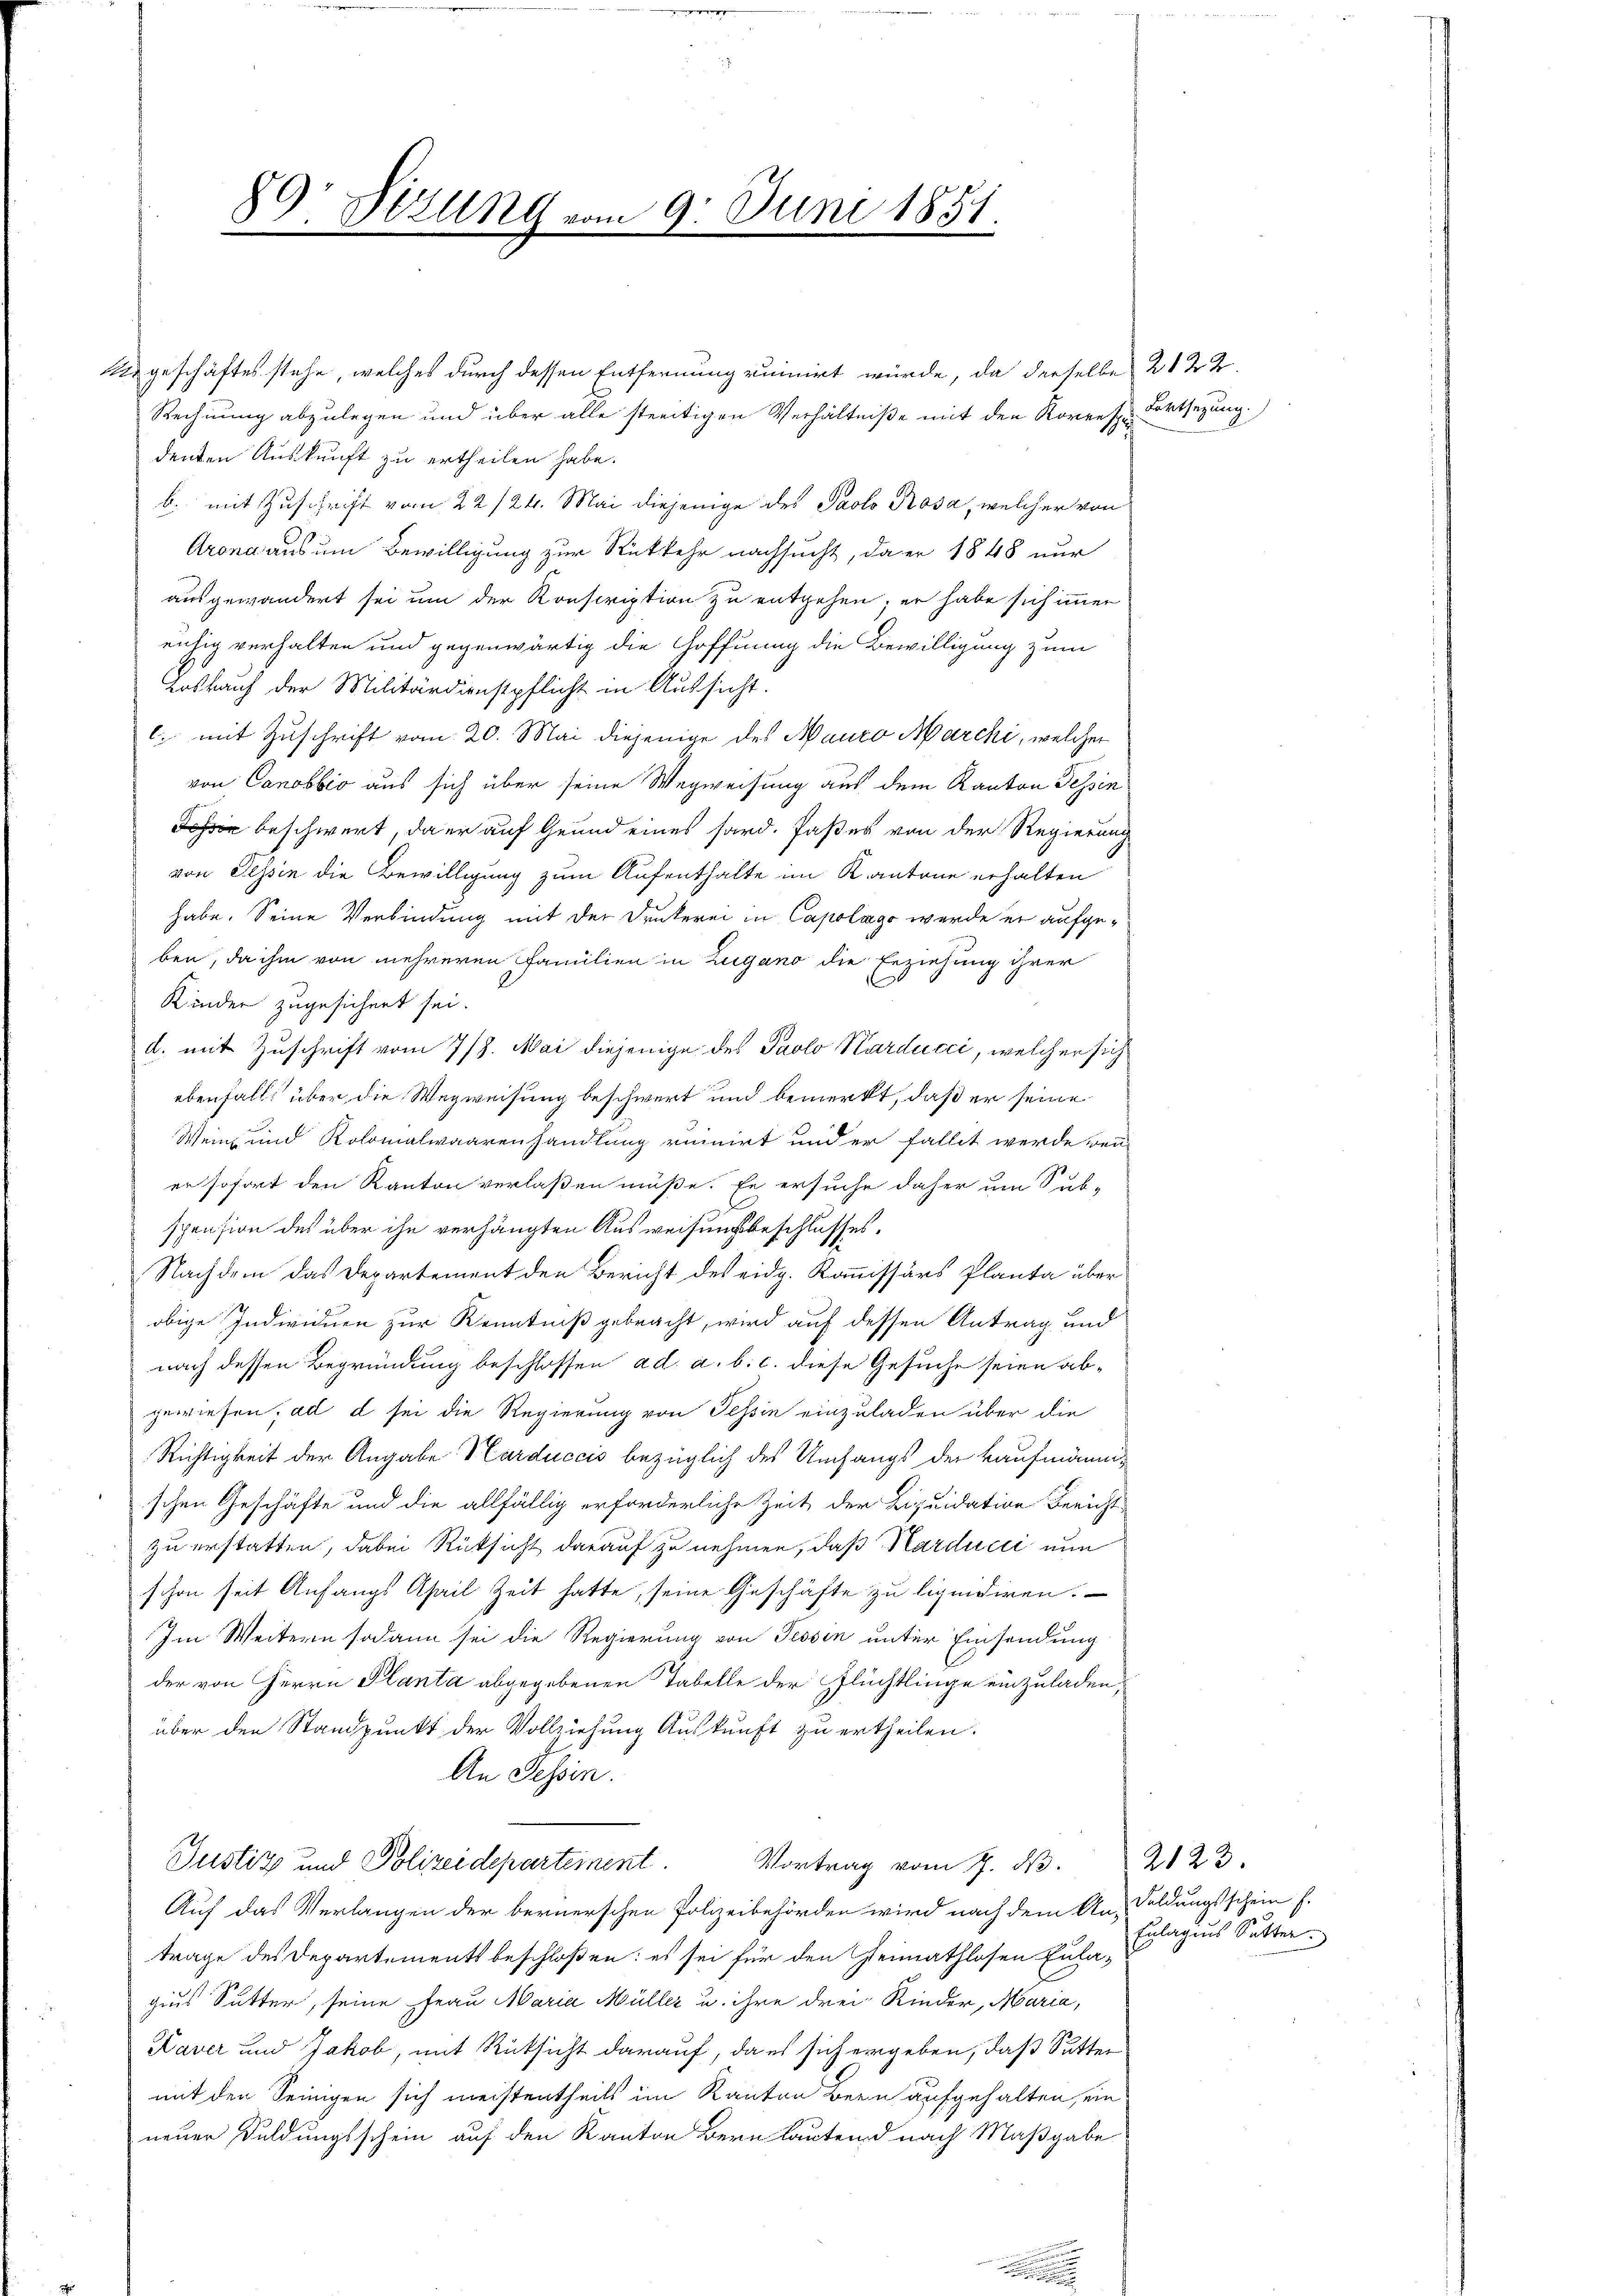
89: Btzung von

9. Juni 1851.

2. geschäftes stehe, welches durch dessen Entfernung ruinirt würde, da derselbe 21 22
Rechnung abzulegen und über alle streitigen Verhältniße mit den Korres Fortsezung.)
denten Auskunft zu ertheilen habe.
b. mit Zuschrift vom 22/24. Mai diejenige des Paolo Rosa, welcher von
Arona aus um Bewilligung zur Rückkehr nachsucht, da er 1848 nur
ausgewandert sei um der Konscription zu entgehen; er habe sich immer
euhig verhalten und gegenwärtig die Hoffnung die Bewilligung zum
Loskauf der Militärdienstpflicht in Aussicht.
l. mit Zuschrift vom 20. Mai diejenige des Mauro Marchi, welcher
von Canobbio aus sich über seine Wegweisung aus dem Kanton Tessin
hin beschwert, da er auf Grund eines hard. Faßes von der Regierung
von Tessin die Bewilligung zum Aufenthalte im Kantone erhalten
habe. Seine Verbindung mit der Drukerei in Capolago wurde er aufgeben, da ihm von mehreren Familien in Zugano die Erziehung ihrer
Kinder zugesichert sei.
d. mit Zuschrift vom 7/9. Mai diejenige des Paolo Karducci, welcher sich
ebenfalls über die Wegweisung beschwert und bemerkt, daß er seine
Wein und Kolomalwaarenhandlung ruinirt und er fallet werde ren
er sofort den Kanton verlaßen müße. Er ersuche daher um Sub-
spension des über ihn verhängten Ausweisungsbeschlusses.
Nachdem das Departement den Bericht des eidg. Kommissärs Planta über
obige Individuen zur Kenntniß gebracht, wird auf dessen Antrag und
nach dessen Begründung beschlossen ad a. b. c. diese Gesuche seien abgewiesen, ad d sei die Regierung von Tessin einzuladen über die
Richtigkeit der Angabe Harduccis bezüglich des Umfangs der kaufmännischen Geschäfte und die allfällig erforderliche Zeit der Liquidation Bericht
zu erstatten, dabei Rücksicht darauf zu nehmen, daß Harduci nun
schon seit Anfangs Asail Zeit hatte, seine Geschäfte zu liquidiren.
Im Weitern sodann sei die Regierung von Tessin unter Einsendung
der von Herrn Planta abgegebenen Tabelle der Flüchtlinge einzuladen,
über den Standpunkt der Vollziehung Auskunft zu ertheilen.
An Tessin.
Justiz und Polizeidepartement.
Vortrag vom 7. ds.
Auf das Verlangen der bernerschen Polizeibehörden wird nach dem An-Feldungsschein E.
trage des Departements beschloßen: es sei für den Heimathlosen Gute Erlagens Sutter
gius Sutter, seine Frau Maria Müller u. ihre drei Rinder, Maria,
Kaver und Jakob, mit Rücksicht darauf, da es sich ergeben, daß Sutter
mit den Seinigen sich meistentheils im Kanton Bern aufgehalten, ein
neuer Duldungsschein auf den Kanton Bern lautend nach Maßgabe

2123.